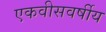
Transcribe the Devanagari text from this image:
एकवीसवर्षीय